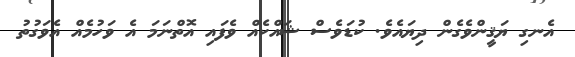
އެނގި ޔަޤީންވެގެން ދިޔައެވެ. ކުޑަވެސް ޝައްކެއް ވެފައި އޮތްނަމަ އެ ވަހުމެއް އެވަގުތު